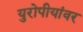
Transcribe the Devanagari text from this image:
युरोपीयांवर